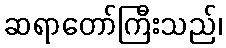
ဆရာတော်ကြီးသည်၊